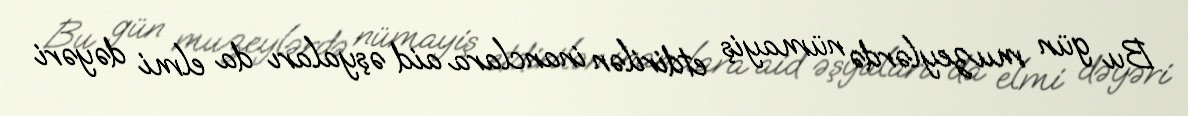
Bu gün muzeylərdə nümayiş etdirilən inanclara aid əşyaları da elmi dəyəri